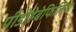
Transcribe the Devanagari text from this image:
पीडोहेबेफिलिया